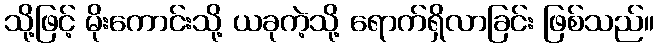
သို့ဖြင့် မိုးကောင်းသို့ ယခုကဲ့သို့ ရောက်ရှိလာခြင်း ဖြစ်သည်။